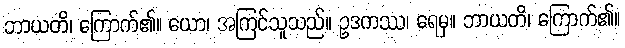
ဘာယတိ၊ ကြောက်၏။ ယော၊ အကြင်သူသည်။ ဥဒကဿ၊ ရေမှ။ ဘာယတိ၊ ကြောက်၏။